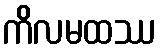
ကိလမထဿ